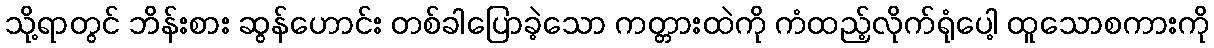
သို့ရာတွင် ဘိန်းစား ဆွန်ဟောင်း တစ်ခါပြောခဲ့သော ကတ္တားထဲကို ကံထည့်လိုက်ရုံပေါ့ ထူသောစကားကို